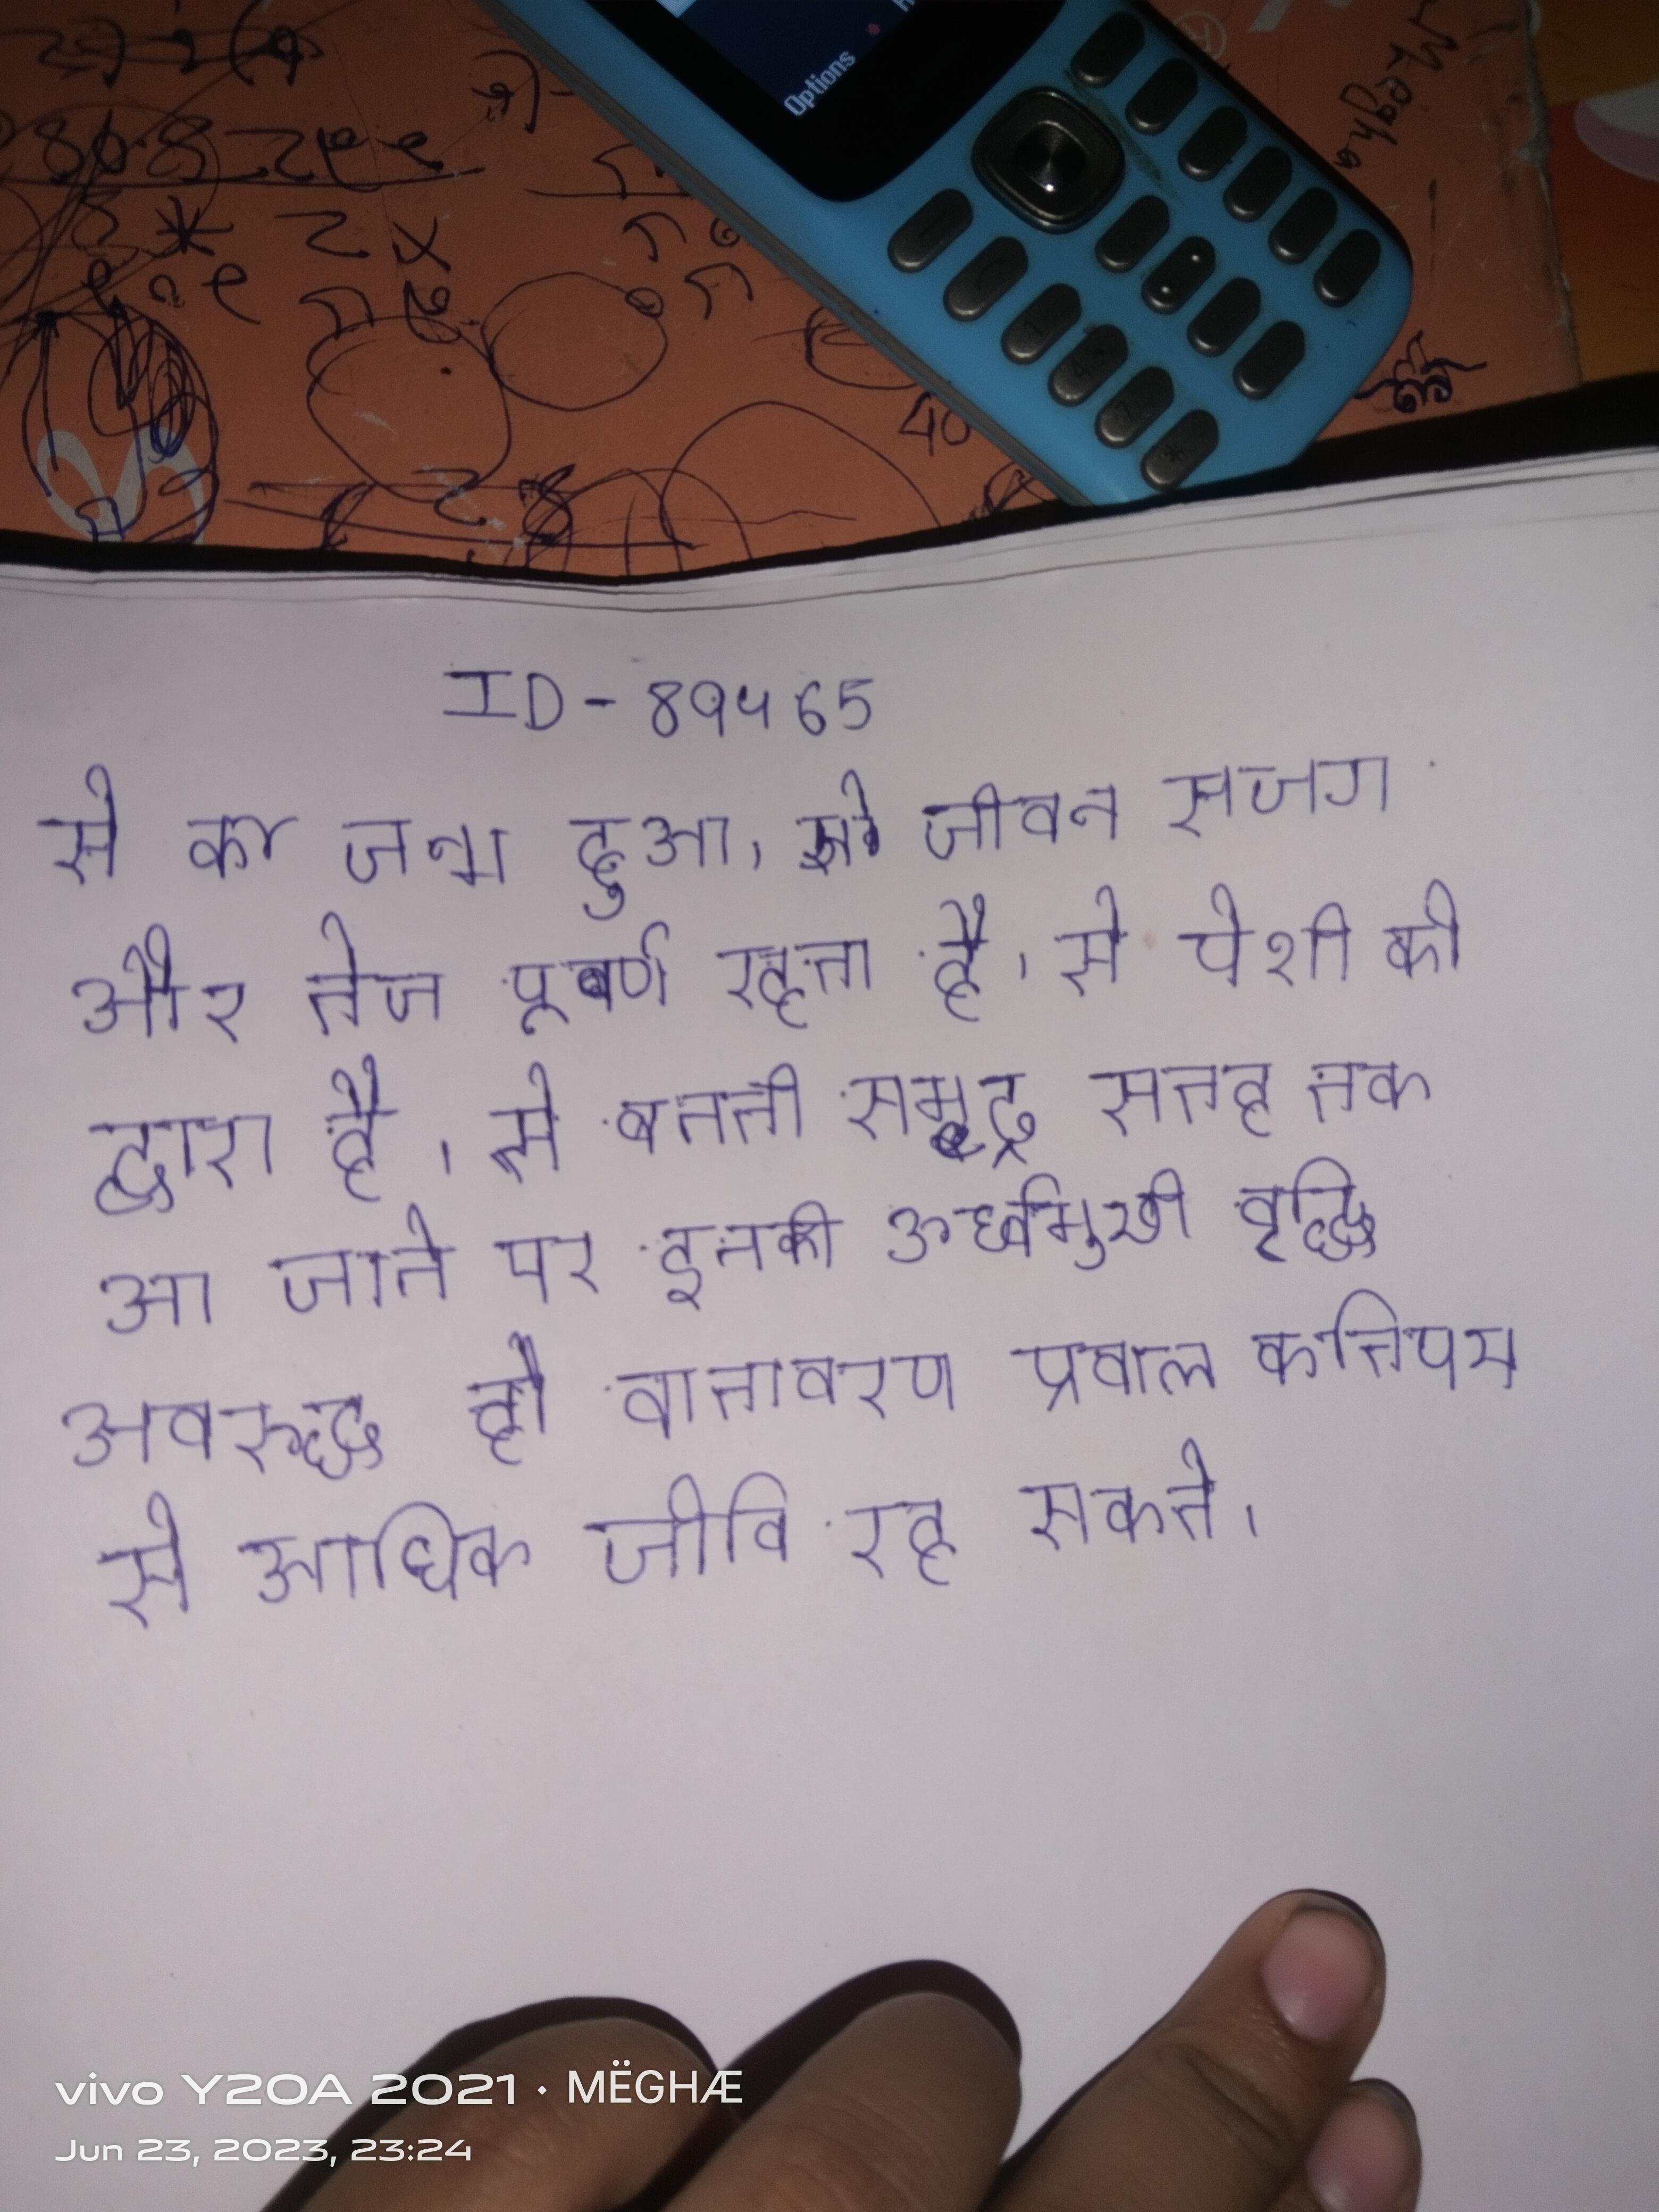
से का जन्म हुआ । से जीवन सजग और तेज पूर्ण रहता है । से पेशी की द्वारा है । से बनती समुद्र सतह तक आ जाने पर इनकी ऊर्ध्वमुखी वृद्धि अवरुद्ध हो जाता है, खुले हुए वातावरण प्रवाल कतिपय से अधिक जीवि रह सकते ।